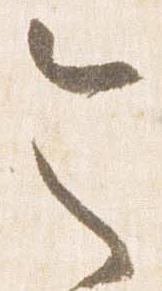
令